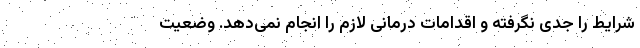
شرایط را جدی نگرفته و اقدامات درمانی لازم را انجام نمی‌دهد. وضعیت